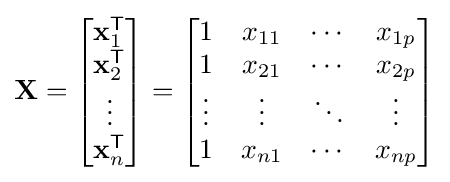
\mathbf {X} ={\begin{bmatrix}\mathbf {x} _{1}^{\mathsf {T}}\\\mathbf {x} _{2}^{\mathsf {T}}\\\vdots \\\mathbf {x} _{n}^{\mathsf {T}}\end{bmatrix}}={\begin{bmatrix}1&x_{11}&\cdots &x_{1p}\\1&x_{21}&\cdots &x_{2p}\\\vdots &\vdots &\ddots &\vdots \\1&x_{n1}&\cdots &x_{np}\end{bmatrix}}